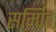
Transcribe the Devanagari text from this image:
सर्म्पित